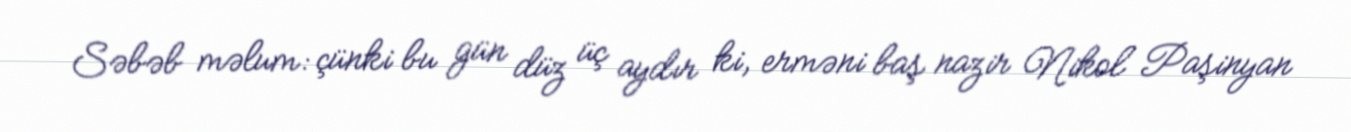
Səbəb məlum: çünki bu gün düz üç aydır ki, erməni baş nazir Nikol Paşinyan